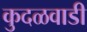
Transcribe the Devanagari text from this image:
कुदळवाडी